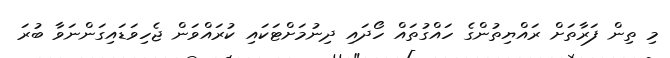
މި ތިން ފަރާތަށް ރައްޔިތުންގެ ހައްގުތައް ހޯދައި ދިނުމަށްޓަކައި ކުރައްވަން ޖެހިވަޑައިގަންނަވާ ބުރަ